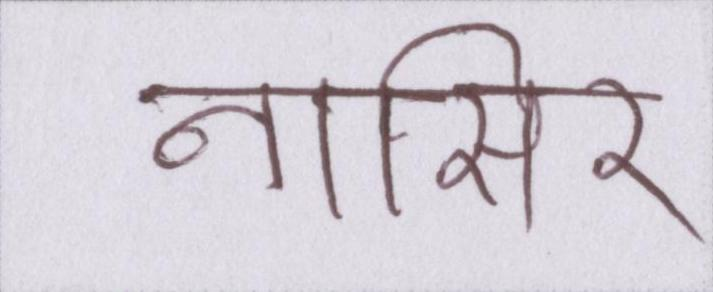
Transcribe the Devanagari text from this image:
नासिर